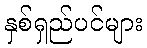
နှစ်ရှည်ပင်များ